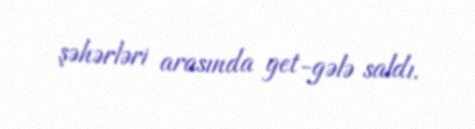
şəhərləri arasında get-gələ saldı.